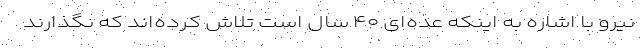
نیرو با اشاره به اینکه عده‌ای ۴۰ سال است تلاش کرده‌اند که نگذارند